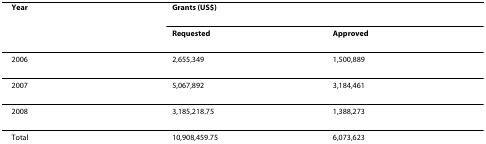
<table><thead><tr><td><b>Year</b></td><td colspan="2"><b>Grants (US$)</b></td></tr><tr><td></td><td><b>Requested</b></td><td><b>Approved</b></td></tr></thead><tbody><tr><td>2006</td><td>2,655,349</td><td>1,500,889</td></tr><tr><td>2007</td><td>5,067,892</td><td>3,184,461</td></tr><tr><td>2008</td><td>3,185,218.75</td><td>1,388,273</td></tr><tr><td>Total</td><td>10,908,459.75</td><td>6,073,623</td></tr></tbody></table>